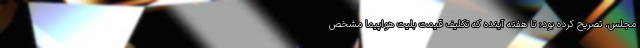
مجلس، تصریح کرده بود: تا هفته آینده که تکلیف قیمت بلیت هواپیما مشخص